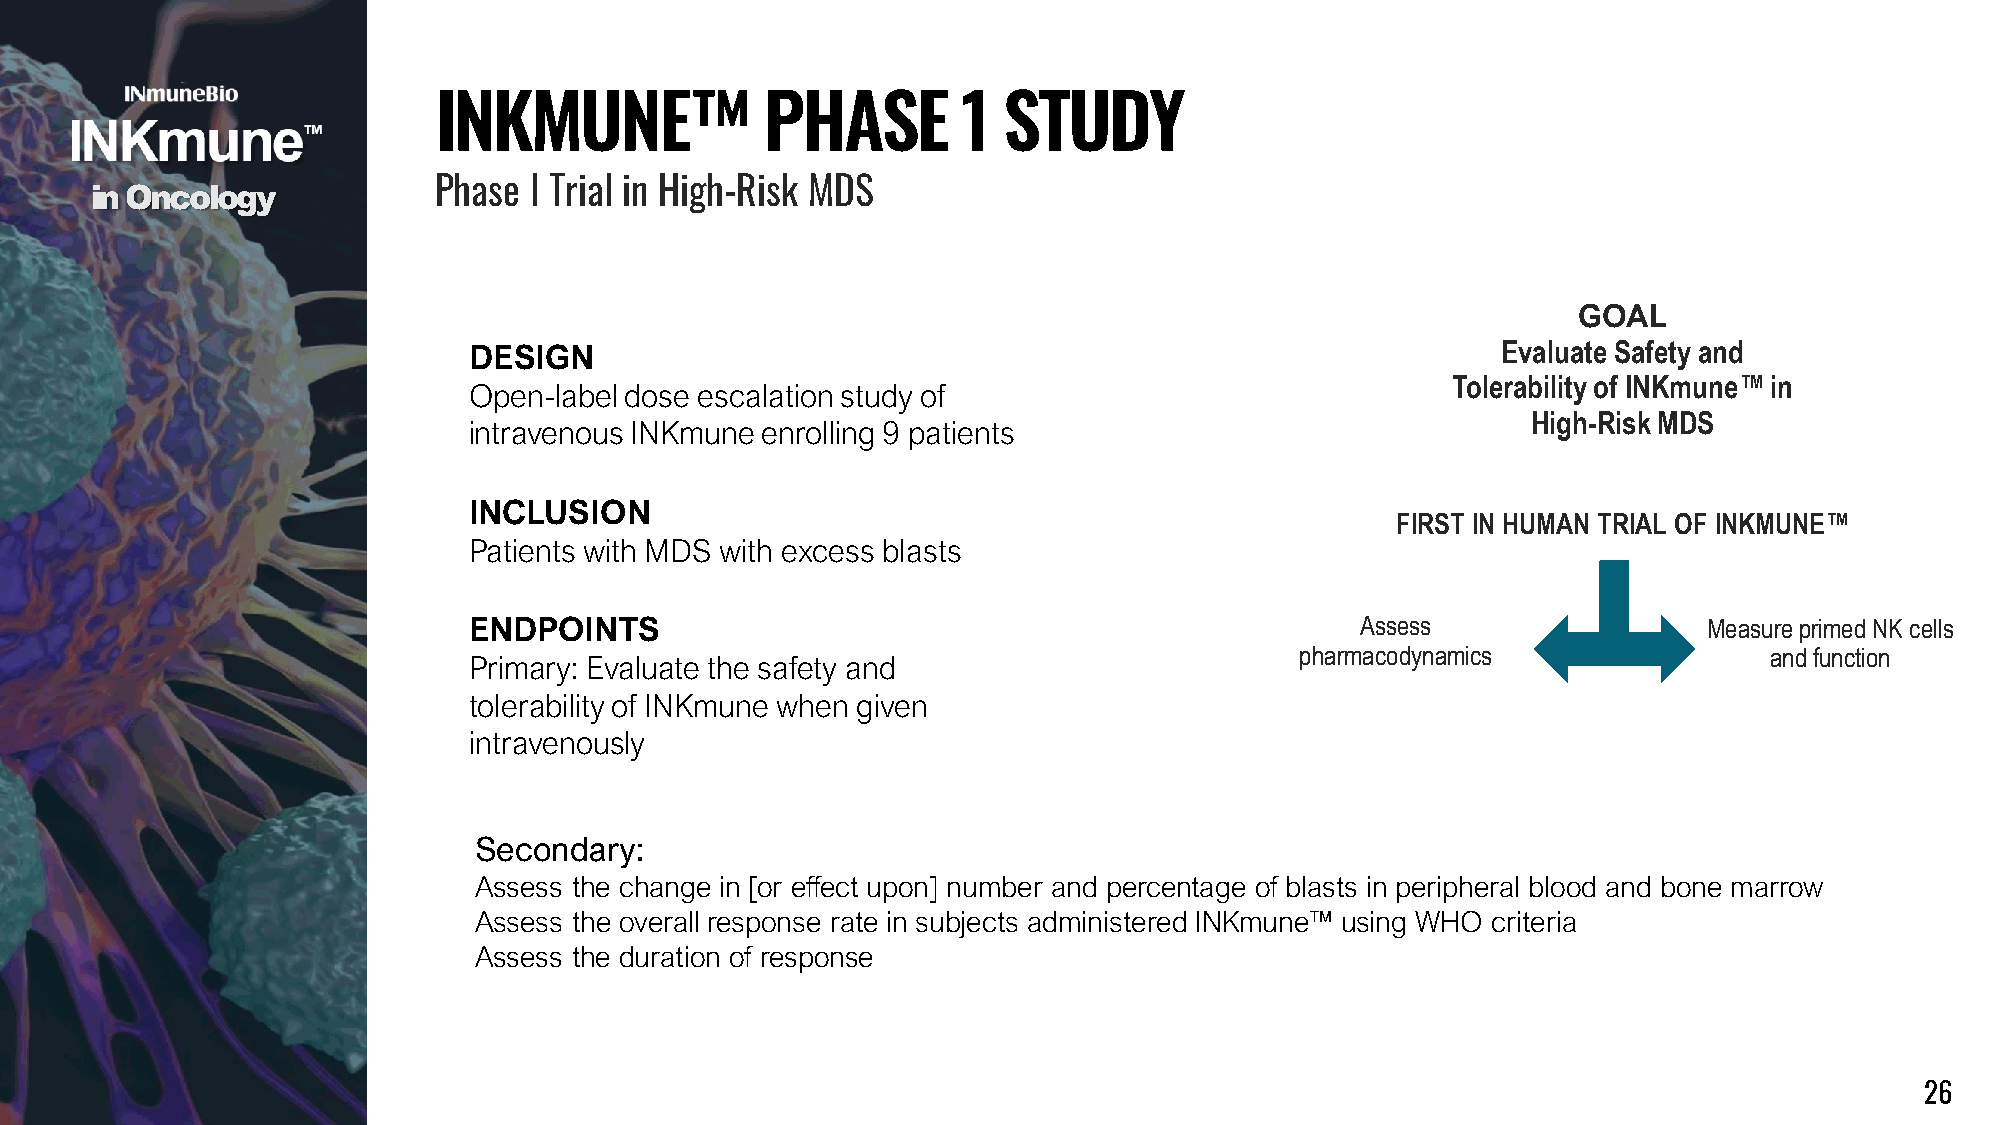
INKMUNE™              PHASE        1 STUDY
 in Oncology            Phase I Trial in High-Risk MDS
 GOAL
 DESIGN                                                              Evaluate Safety and
 Tolerability of INKmune™in
 Open-label dose escalation study of
 High-Risk MDS
 intravenous INKmune enrolling 9 patients
 INCLUSION
 FIRST IN HUMAN TRIAL OF INKMUNE™
 Patients with MDS with excess blasts
 ENDPOINTS                                                  Assess                 Measure primed NK cells
 pharmacodynamics               and function
 Primary: Evaluate the safety and
 tolerability of INKmune when given
 intravenously
 Secondary:
 Assess the change in [or effect upon] number and percentage of blasts in peripheral blood and bone marrow
 Assess the overall response rate in subjects administered INKmune™ using WHO criteria
 Assess the duration of response
 26